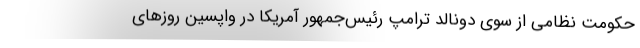
حکومت نظامی از سوی دونالد ترامپ رئیس‌جمهور آمریکا در واپسین روزهای